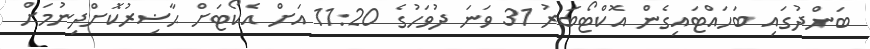
ބަންދުގައި ބަހައްޓައިގެން އޮކްޓޯބަރު 31 ވަނަ ދުވަހުގެ 11:20 އަށް އެކޯޓަށް ޙާޟިރުކޮށްދިނުމަށް